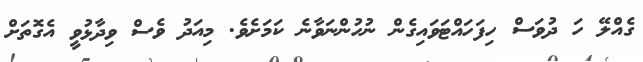
ގެއްލޭ ހަ ދުވަސް ހިފަހައްޓަވައިގެން ނުހުންނަވާނެ ކަމަށެވެ. މިއަދު ވެސް ވިދާޅުވީ އެގޮތަށް